Scottish Leaving Certificate Examination, 1952
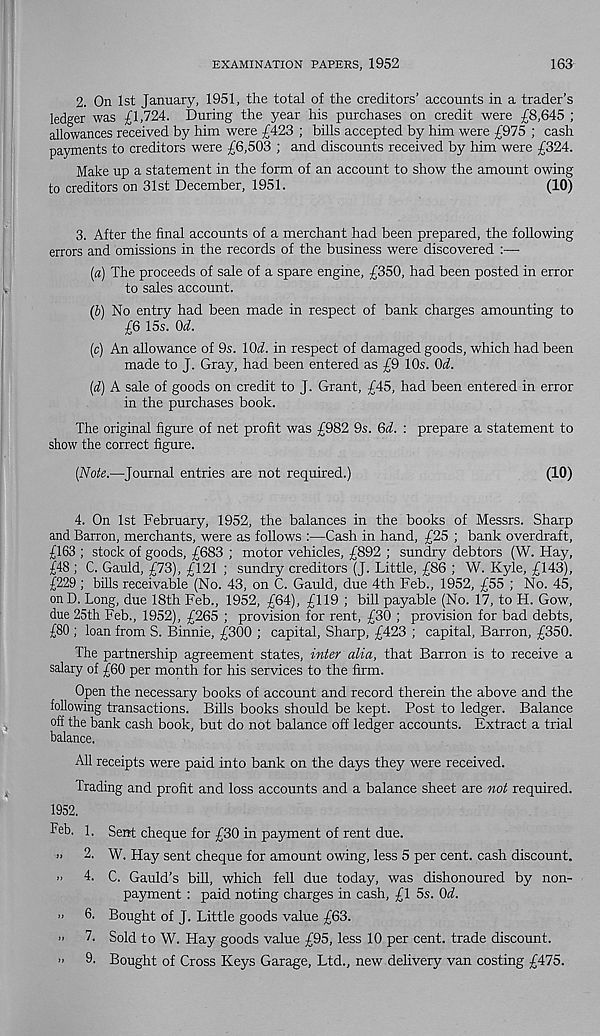
EXAMINATION PAPERS, 1952
163
2, On 1st January, 1951, the total of the creditors’ accounts in a trader’s
ledger was £1,724. During the year his purchases on credit were £8,645 ;
allowances received by him were £423 ; bills accepted by him were £975 ; cash
payments to creditors were £6,503 ; and discounts received by him were £324.
Make up a statement in the form of an account to show the amount owing
to creditors on 31st December, 1951.
(10)
3. After the final accounts of a merchant had been prepared, the following
errors and omissions in the records of the business were discovered :—
(a) The proceeds of sale of a spare engine, £350, had been posted in error
to sales account.
(b) No entry had been made in respect of bank charges amounting to
£6 15s. Od.
(c) An allowance of 9s. lOi. in respect of damaged goods, which had been
made to J. Gray, had been entered as £9 10s. Od.
(d) A sale of goods on credit to J. Grant, £45, had been entered in error
in the purchases book.
The original figure of net profit was £982 9s. 6d. : prepare a statement to
show the correct figure.
(Note.—Journal entries are not required.)
(10)
4. On 1st February, 1952, the balances in the books of Messrs. Sharp
and Barron, merchants, were as follows :—Cash in hand, £25 ; bank overdraft,
£163 ; stock of goods, £683 ; motor vehicles, £892 ; sundry debtors (W. Hay,
£48 ; C. Gauld, £73), £121 ; sundry creditors (J. Little, £86 ; W. Kyle, £143),
£229; bills receivable (No. 43, on C. Gauld, due 4th Feb., 1952, £55 ; No. 45,
onD. Long, due 18th Feb., 1952, £64), £119 ; bill payable (No. 17, to H. Gow,
due 25th Feb., 1952), £265 ; provision for rent, £30 ; provision for bad debts,
£80 ; loan from S. Binnie, £300 ; capital, Sharp, £423 ; capital, Barron, £350.
The partnership agreement states, inter alia, that Barron is to receive a
salary of £60 per month for his services to the firm.
Open the necessary books of account and record therein the above and the
following transactions. Bills books should be kept. Post to ledger. Balance
off the bank cash book, but do not balance off ledger accounts. Extract a trial
balance.
All receipts were paid into bank on the days they were received.
Trading and profit and loss accounts and a balance sheet are not required.
1952.
Feb. 1. Sent cheque for £30 in payment of rent due.
>* 2. W. Hay sent cheque for amount owing, less 5 per cent, cash discount.
•> 4. C. Gauld’s bill, which fell due today, was dishonoured by non-
payment : paid noting charges in cash, £1 5s. Od.
<• 6. Bought of J. Little goods value £63.
’> 7. Sold to W. Hay goods value £95, less 10 per cent, trade discount.
» 9. Bought of Cross Keys Garage, Ltd., new delivery van costing £475.